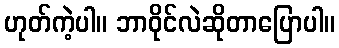
ဟုတ်ကဲ့ပါ။ ဘာဝိုင်လဲဆိုတာပြောပါ။